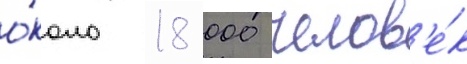
о́коло 18 000 челов'е́к